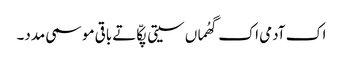
اک آدمی اک گھُماں سیتی پکّا تے باقی موسمی مدد۔